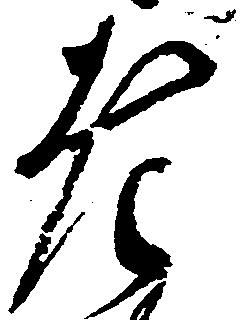
老